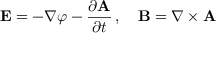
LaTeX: \mathbf { E } = - \nabla \varphi - { \frac { \partial \mathbf { A } } { \partial t } } \, , \quad \mathbf { B } = \nabla \times \mathbf { A }